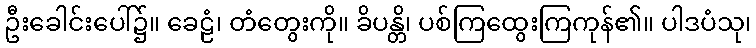
ဦးခေါင်းပေါ်၌။ ခေဠံ၊ တံတွေးကို။ ခိပန္တိ၊ ပစ်ကြထွေးကြကုန်၏။ ပါဒပံသု၊